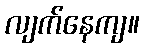
လျက်နေကျ။